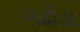
ગઢોડા